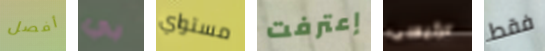
أفصل بي مستواي إعترفت الرئيسى فقط